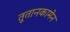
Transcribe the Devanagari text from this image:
तुतानकामेन